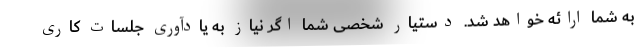
به شما ارائه خواهد شد. دستیار شخصی شما اگر نیاز به یادآوری جلسات کاری